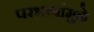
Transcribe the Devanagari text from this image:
परभाषांमुळे